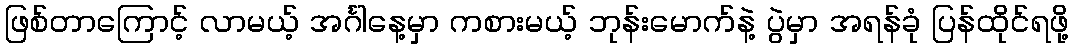
ဖြစ်တာကြောင့် လာမယ့် အင်္ဂါနေ့မှာ ကစားမယ့် ဘုန်းမောက်နဲ့ ပွဲမှာ အရန်ခုံ ပြန်ထိုင်ရဖို့